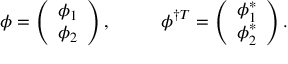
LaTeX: \phi = \left( \begin{array} { c } { { \phi _ { 1 } } } \\ { { \phi _ { 2 } } } \end{array} \right) , \ \ \ \ \ \ \ \ \phi ^ { \dagger T } = \left( \begin{array} { c } { { \phi _ { 1 } ^ { * } } } \\ { { \phi _ { 2 } ^ { * } } } \end{array} \right) .